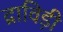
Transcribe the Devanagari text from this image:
द्राविड़ी